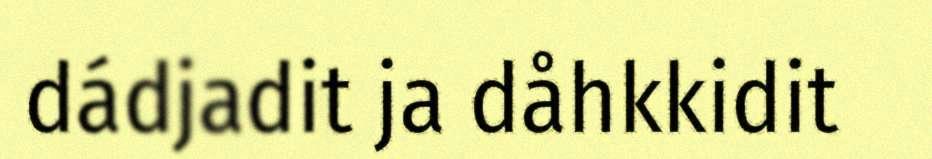
dádjadit ja dåhkkidit